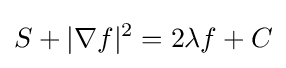
S+|\nabla f|^{2}=2\lambda f+C